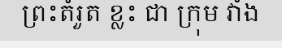
ព្រះតំរួត ខ្លះ ជា ក្រុម វាំង